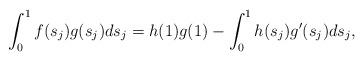
LaTeX: \begin{align*} \int_0^1 f(s_j) g(s_j ) ds_j& = h(1) g(1) -\int_0^1 h(s_j) g'(s_j) ds_j, \end{align*}